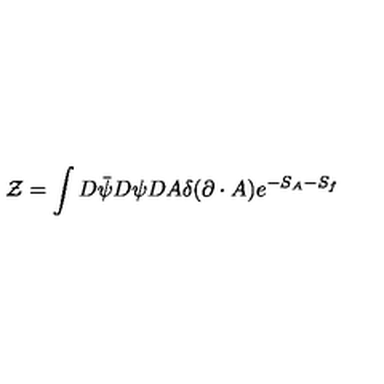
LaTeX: { \cal Z } = \int D \bar { \psi } D \psi D A \delta ( \partial \cdot A ) e ^ { - S _ { A } - S _ { f } }